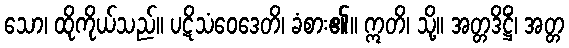
သော၊ ထိုကိုယ်သည်။ ပဋိသံဝေဒေတိ၊ ခံစား၏။ ဣတိ၊ သို့။ အတ္တဒိဋ္ဌိံ၊ အတ္တ